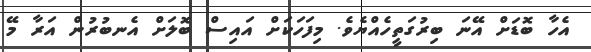
އެހާ ބޮޑަށް އޭނަ ބިރުގަތީހެއްޔެވެ. މިފަހަކަށް އައިސް ބޮލަށް އެނބުރުން އަރާ މޭ